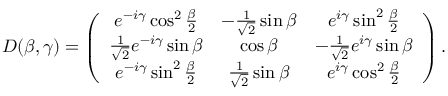
D ( \beta , \gamma ) = \left( \begin{array} { c c c } { { e ^ { - i \gamma } \cos ^ { 2 } { \frac { \beta } { 2 } } } } & { { - \frac { 1 } { \sqrt { 2 } } \sin { \beta } } } & { { e ^ { i \gamma } \sin ^ { 2 } { \frac { \beta } { 2 } } } } \\ { { \frac { 1 } { \sqrt { 2 } } e ^ { - i \gamma } \sin { \beta } } } & { { \cos { \beta } } } & { { - \frac { 1 } { \sqrt { 2 } } e ^ { i \gamma } \sin { \beta } } } \\ { { e ^ { - i \gamma } \sin ^ { 2 } { \frac { \beta } { 2 } } } } & { { \frac { 1 } { \sqrt { 2 } } \sin { \beta } } } & { { e ^ { i \gamma } \cos ^ { 2 } { \frac { \beta } { 2 } } } } \end{array} \right) .